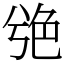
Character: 䒊